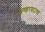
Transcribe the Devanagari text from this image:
अण्डरग्राउण्ड